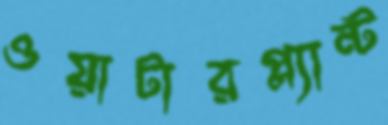
ওয়াটারপ্ল্যান্ট